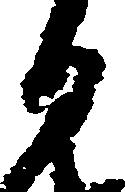
日